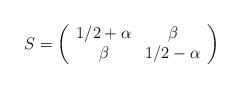
LaTeX: \begin{align*}S=\left(\begin{array}{cc}1/2+\alpha&\beta\\\beta&1/2-\alpha\end{array}\right)\end{align*}